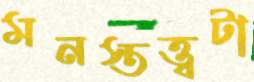
মনস্তত্ত্বটা